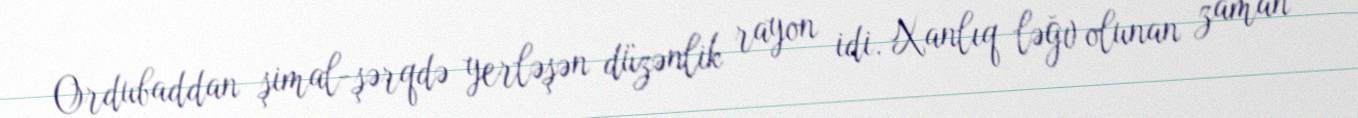
Ordubaddan şimal-şərqdə yerləşən düzənlik rayon idi. Xanlıq ləğv olunan zaman